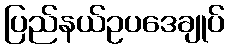
ပြည်နယ်ဥပဒေချုပ်